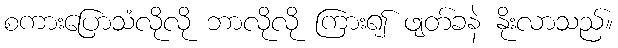
စကားပြောသံလိုလို ဘာလိုလို ကြား၍ ဖျတ်ခနဲ နိုးလာသည်။